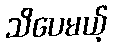
သိပေမယ့်